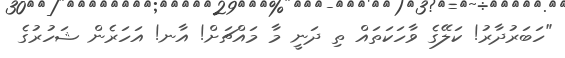
"ހަބަރުދާރު! ކަލޭގެ ވާހަކަތައް ތި ދަނީ މާ މައްޗަށް! އާނ! އަހަރެން ޝަހުރުގެ